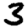
Digit: 3